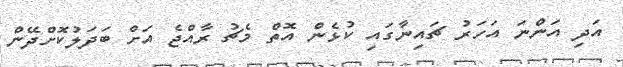
އަދި އަންނަ އަހަރު ޗައިނާގައި ކުޅެން އޮތް މެޗު ރާއްޖެ އަށް ބަދަލުކޮށްދޭން